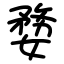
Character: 㜈